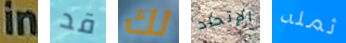
in قد لك الإتحاد ثمله